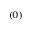
^ { ( 0 ) }